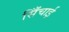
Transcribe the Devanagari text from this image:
सिँचाई